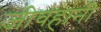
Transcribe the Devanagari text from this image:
जीवहानी